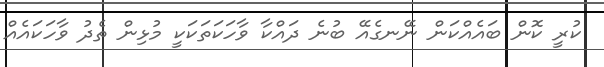
ކުރީ ކޮން ބައެއްކަން ނޭނގެއޭ ބުނެ ދައްކާ ވާހަކަތަކަކީ މުޅިން ތެދު ވާހަކައެއް